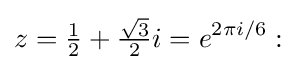
z={\tfrac {1}{2}}+{\tfrac {\sqrt {3}}{2}}i=e^{2\pi i/6}: